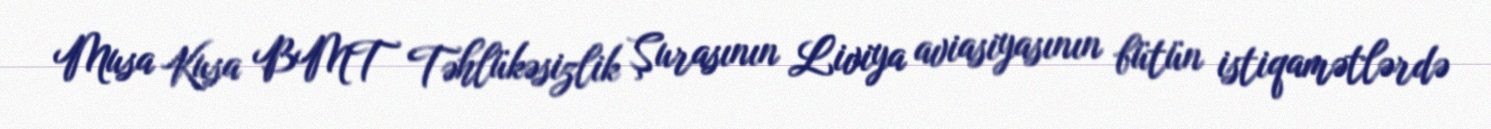
Musa Kusa BMT Təhlükəsizlik Şurasının Liviya aviasiyasının bütün istiqamətlərdə